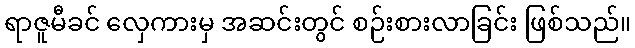
ရာဇူမီခင် လှေကားမှ အဆင်းတွင် စဉ်းစားလာခြင်း ဖြစ်သည်။